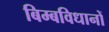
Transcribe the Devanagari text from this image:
बिम्बविधानों